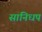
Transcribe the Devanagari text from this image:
सांनिधप